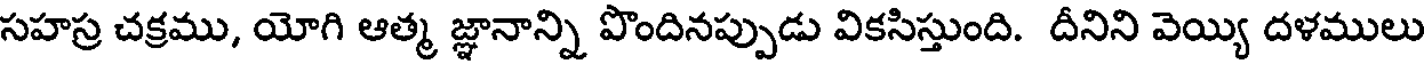
సహస్ర చక్రము, యోగి ఆత్మ జ్ఞానాన్ని పొందినప్పుడు వికసిస్తుంది. దీనిని వెయ్యి దళములు